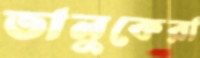
ভালুকেরা